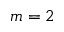
m = 2